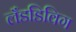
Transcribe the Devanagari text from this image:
लँडडिविग